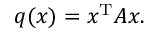
q ( x ) = x ^ { \mathrm { T } } A x .